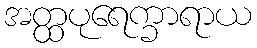
အတ္ထပုရေက္ခာရာယ